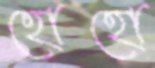
হোহো